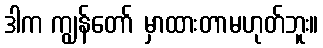
ဒါက ကျွန်တော် မှာထားတာမဟုတ်ဘူး။